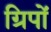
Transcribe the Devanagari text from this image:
ग्रिपों